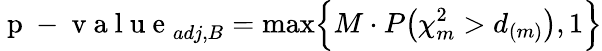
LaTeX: \mathrm{~p~-~v~a~l~u~e~}_{adj,B}=\operatorname*{max}\Bigl\{ M\cdot P\bigl(\chi_{m}^{2}>d_{(m)}\bigl),1\Bigl\}